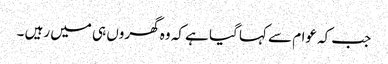
جب کہ عوام سے کہا گیا ہے کہ وہ گھروں ہی میں رہیں ۔